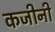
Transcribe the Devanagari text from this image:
कजीनी